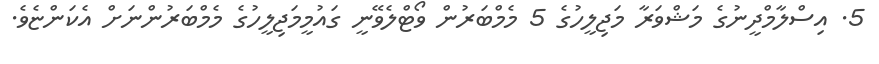
5. އިސްލާމްދީނުގެ މަޝްވަރާ މަޖިލީހުގެ 5 މެމްބަރުން ވޯޓްލެވޭނީ ގައުމީމަޖިލީހުގެ މެމްބަރުންނަށް އެކަންޏެވެ.